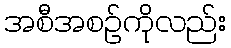
အစီအစဉ်ကိုလည်း